Vaccination in Bombay 1863-1868 - 1863-1868
Year: 1863
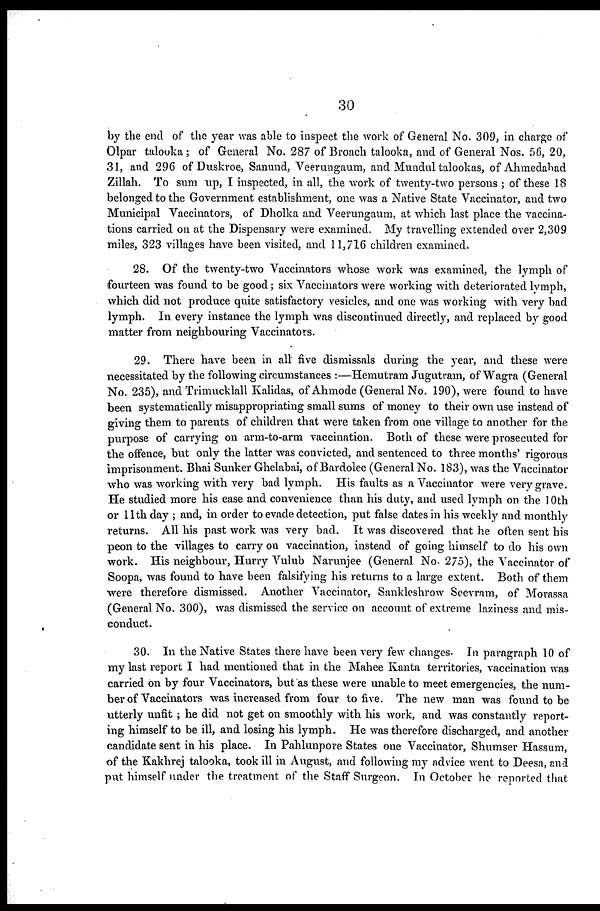
30
by the end of the year was able to inspect the work of General No. 309, in charge of
Olpar talooka ; of General No. 287 of Broach talooka, and of General Nos. 56, 20,
31, and 296 of Duskroe, Sanund, Veerungaum, and Mundul talookas, of Ahmedabad
Zillah. To sum up, I inspected, in all, the work of twenty-two persons ; of these 18
belonged to the Government establishment, one was a Native State Vaccinator, and two
Municipal Vaccinators, of Dholka and Veerungaum, at which last place the vaccina-
tions carried on at the Dispensary were examined. My travelling extended over 2,309
miles, 323 villages have been visited, and 11,716 children examined.
28. Of the twenty-two Vaccinators whose work was examined, the lymph of
fourteen was found to be good; six Vaccinators were working with deteriorated lymph,
which did not produce quite satisfactory vesicles, and one was working with very bad
lymph. In every instance the lymph was discontinued directly, and replaced by good
matter from neighbouring Vaccinators.
29. There have been in all five dismissals during the year, and these were
necessitated by the following circumstances :—Hemutram Jugutram, of Wagra (General
No. 235), and Trimucklall Kalidas, of Ahmode (General No. 190), were found to have
been systematically misappropriating small sums of money to their own use instead of
giving them to parents of children that were taken from one village to another for the
purpose of carrying on arm-to-arm vaccination. Both of these were prosecuted for
the offence, but only the latter was convicted, and sentenced to three months' rigorous
imprisonment. Bhai Sunker Ghelabai, of Bardolee (General No. 183), was the Vaccinator
who was working with very bad lymph. His faults as a Vaccinator were very grave.
He studied more his ease and convenience than his duty, and used lymph on the 10th
or 11th day ; and, in order to evade detection, put false dates in his weekly and monthly
returns. All his past work was very bad. It was discovered that he often sent his
peon to the villages to carry on vaccination, instead of going himself to do his own
work. His neighbour, Hurry Vulub Narunjee (General No. 275), the Vaccinator of
Soopa, was found to have been falsifying his returns to a large extent. Both of them
were therefore dismissed. Another Vaccinator, Sankleshrow Seevram, of Morassa
(General No. 300), was dismissed the service on account of extreme laziness and mis-
conduct.
30. In the Native States there have been very few changes. In paragraph 10 of
my last report I had mentioned that in the Mahee Kanta territories, vaccination was
carried on by four Vaccinators, but as these were unable to meet emergencies, the num-
ber of Vaccinators was increased from four to five. The new man was found to be
utterly unfit ; he did not get on smoothly with his work, and was constantly report-
ing himself to be ill, and losing his lymph. He was therefore discharged, and another
candidate sent in his place. In Pahlunpore States one Vaccinator, Shumser Hassum,
of the Kakhrej talooka, took ill in August, and following my advice went to Deesa, and
put himself under the treatment of the Staff Surgeon. In October he reported that